Report on vaccination in Madras 1922-1929 - 1922-1929
Year: 1922
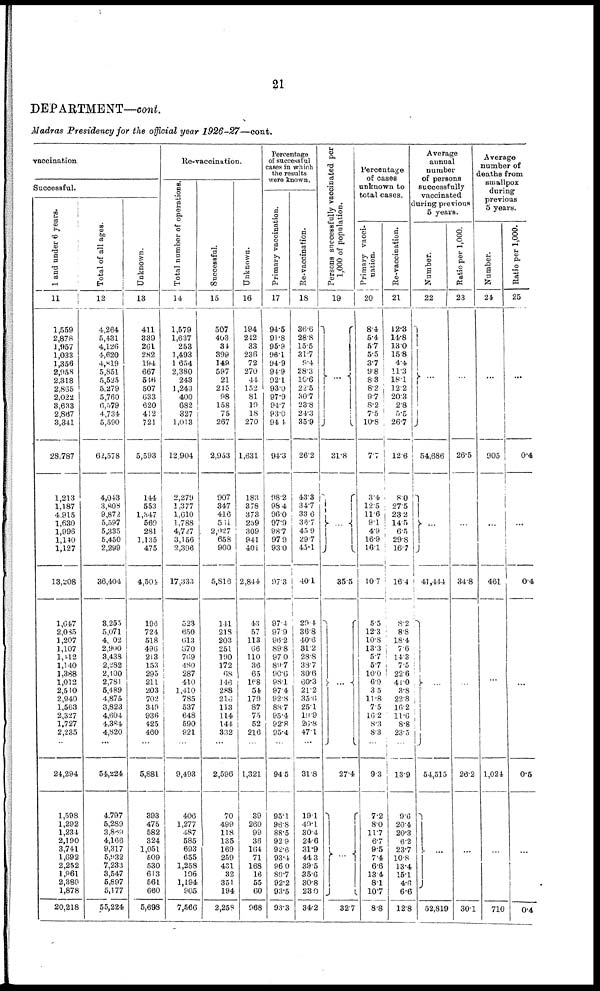
21
DEPARTMENT—cont.
Madras Presidency for the official year 1926-27—cont.
vaccination.
Successful.
1 and under 6 years.
11
1,559
2,878
1,957
1,033
1,356
2,958
2,318
2,865
2,022
3,633
2,867
3,341
28,787
1,213
1,187
4,915
1,630
1,996
1,140
1,127
13,208
1,647
2,085
1,207
1,107
1,112
1,140
1,388
1,012
2,510
2,940
1,563
2,327
1,727
2,235
...
24,294
1,598
1,292
1,234
2,190
3,741
1,692
2,252
1,061
2,380
1,878
20,218
Total of all ages.
12
4,264
5,431
4,126
4,620
4,819
5,851
5,525
5,279
5,760
6,579
4,734
5,590
62,578
4,043
3,808
9,872
5,597
5,335
5,450
2,299
36,404
3,255
5,071
4,002
2,900
3,438
2,282
2,100
2,781
5,489
4,875
3,823
4,604
4,384
4,820
...
54,224
4,797
5,289
3,869
4,166
9,317
5,932
7,233
3,547
5,897
5,177
55,224
Unknown.
13
411
339
261
282
194
667
516
507
633
620
412
721
5,593
144
553
1,347
569
281
1,135
475
4,501
196
724
518
496
213
153
295
211
203
702
349
936
425
460
...
5,881
393
475
582
324
1,051
509
530
613
561
660
5,698
Re-vaccination.
Total number of operations.
14
1,579
1,637
253
1,493
1,654
2,380
243
1,243
400
682
327
1,013
12,904
2,279
1,377
1,610
1,788
4,727
3,156
2,396
17,333
523
650
613
870
769
480
287
410
1,410
785
537
648
590
921
...
9,493
406
1,277
487
585
693
655
1,258
106
1,194
905
7,566
Successful.
15
507
403
34
399
149
597
21
215
98
158
75
267
2,953
907
347
416
511
2,027
658
900
5,816
141
218
203
251
190
172
68
146
288
216
113
114
144
332
...
2,596
70
499
118
135
169
259
431
32
351
194
2,258
Unknown.
16
194
242
33
236
72
270
44
152
81
19
18
270
1,631
183
378
373
259
309
941
401
2,844
43
57
113
66
110
36
65
168
54
179
87
75
52
216
...
1,321
39
260
99
36
164
71
168
16
55
60
968
Percentage
of successful
cases in which
the results
were known.
Primary vaccination.
17
94.5
91.8
95.9
96.1
94.9
94.9
92.1
93.0
97.9
94.7
93.0
94.4
94.3
98.2
98.4
96.0
97.9
98.7
97.9
93.0
97.3
97.4
97.9
96.2
89.8
97.0
89.7
90.6
98.1
97.4
92.8
88.7
95.4
92.8
95.4
...
94.5
95.1
96.8
88.5
92.9
92.6
93.4
96.0
89.7
92.2
93.5
93.3
Re-vaccination.
18
36.6
28.8
15.5
31.7
9.4
28.3
10.6
22.5
30.7
23.8
24.3
35.9
26.2
43.3
34.7
33.6
36.7
45.9
29.7
45.1
40.1
29.4
36.8
40.6
31.2
28.8
38.7
30.6
60.3
21.2
35.6
25.1
l9.9
26.8
47.1
...
31.8
19.1
49.1
30.4
24.6
31.9
44.3
39.5
35.6
30.8
23.0
34.2
Persons successfully vaccinated per
1,000 of population.
19
...
31.8
...
35.5
...
27.4
...
32.7
Percentage
of cases
unknown to
total cases.
Primary vacci-
nation.
20
8.4
5.4
5.7
5.5
3.7
9.8
8.3
8.2
9.7
8.2
7.5
10.8
7.7
3.4
12.5
11.6
9.1
4.9
16.9
16.1
10.7
5.5
12.3
10.8
13.3
5.7
5.7
10.0
6.9
3.5
11.8
7.5
16.2
8.3
8.3
9.3
7.2
8.0
11.7
6.7
9.5
7.4
6.6
13.4
8.1
10.7
8.8
Re-vaccination.
21
12.3
14.8
13.0
15.8
4.4
11.3
18.1
12.2
20.3
2.8
5.5
26.7
12.6
8.0
27.5
23.2
14.5
6.5
29.8
16.7
16.4
8.2
8.8
18.4
7.6
14.3
7.5
22.6
41.0
3.8
22.8
16.2
11.6
8.8
23.5
13.9
9.6
20.4
20.3
6.2
23.7
10.8
13.4
15.1
4.6
6.6
12.8
Average
annual
number
of persons
successfully
vaccinated
during previous
5 years.
Number.
22
...
54,686
...
41,444
...
54,515
...
52,819
Ratio per 1,000.
23
...
26.5
...
34.8
...
26.2
...
301
Average
number of
deaths from
smallpox
during
previous
5 years.
Number.
24
...
905
...
461
...
1,024
...
710
Ratio per 1,000.
25
...
0.4
...
0.4
...
0.5
...
0.4